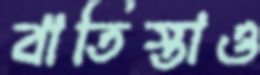
বাতিস্তাও